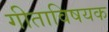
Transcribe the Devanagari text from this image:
गीताविषयक